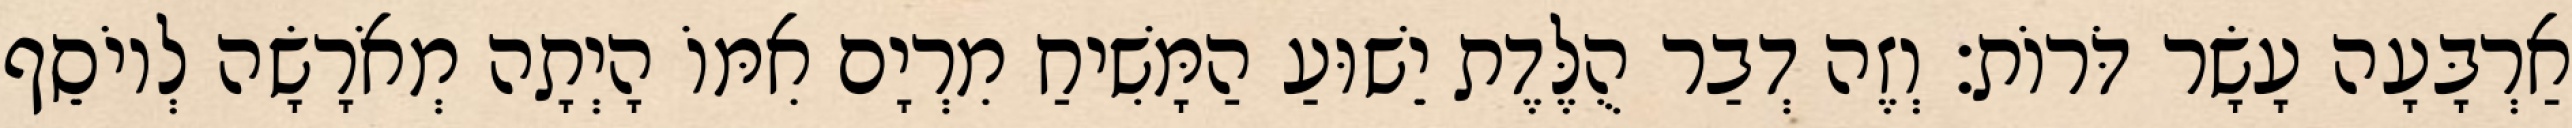
אַרְבָּעָה עָשָׂר דֹּרוֹת׃ וְזֶה דְבַר הֻלֶּדֶת יֵשׁוּעַ הַמָּשִׁיחַ מִרְיָם אִמּוֹ הָיְתָה מְאֹרָשָׂה לְיוֹסֵף